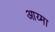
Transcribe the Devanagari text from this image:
आय्मा